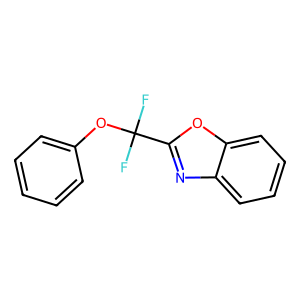
SMILES: FC(F)(Oc1ccccc1)c1nc2ccccc2o1
Inhibits HIV replication: No